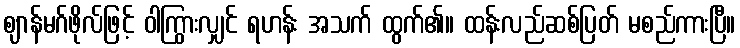
ဈာန်မဂ်ဖိုလ်ဖြင့် ဝါကြွားလျှင် ရဟန်း အသက် ထွက်၏။ ထန်းလည်ဆစ်ပြတ် မစည်ကားပြီ။